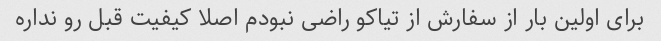
برای اولین بار از سفارش از تیاکو راضی نبودم اصلا کیفیت قبل رو نداره